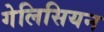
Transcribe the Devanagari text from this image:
गेलिसियन